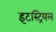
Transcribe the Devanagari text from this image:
इटस्ट्रियल